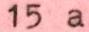
15 a